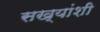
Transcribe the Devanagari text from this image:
सख्यांशी